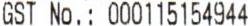
GST NO. : 000115154944